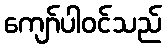
ကျော်ပါဝင်သည်